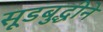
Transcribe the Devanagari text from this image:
सूडबुद्धीने